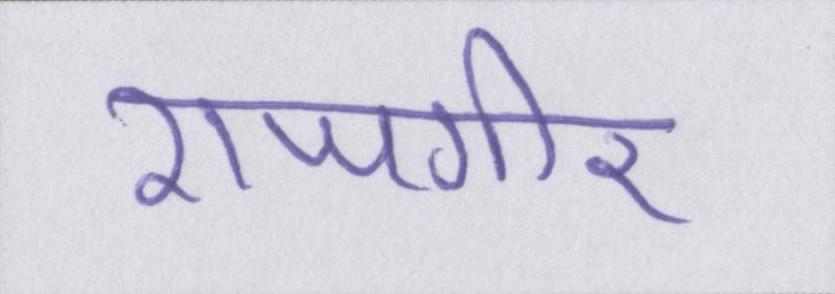
राजगीर